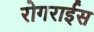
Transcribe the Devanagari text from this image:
रोगराईस